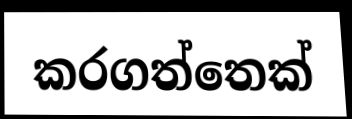
කරගත්තෙක්